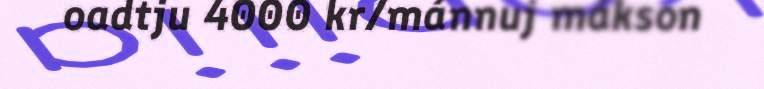
oadtju 4000 kr/mánnuj mákson